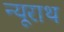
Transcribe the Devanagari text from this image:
न्यूराथ